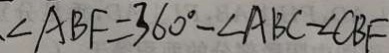
\angle A B F = 3 6 0 ^ { \circ } - \angle A B C - \angle C B F